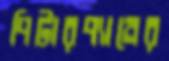
পিটারপ্যানের